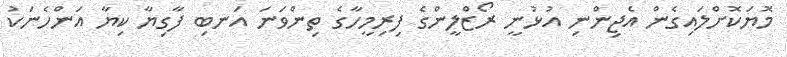
މޮޔަކޮށްލައިގެން އެޖިންނި އުޅުނީ ރޯޒްލީންގެ ފިރިމީހާގެ ތިންވަނަ އަނބި ފާގިޔާ ކިޔާ އަންހެނަކު